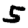
Digit: 5